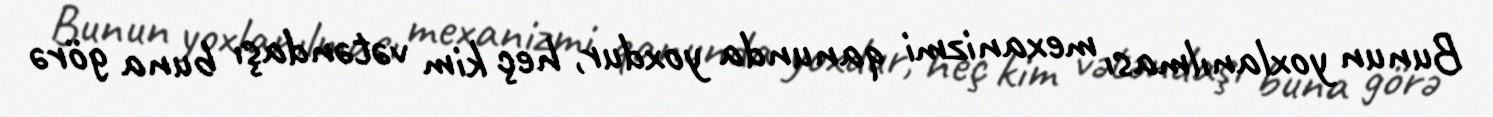
Bunun yoxlanılması mexanizmi qanunda yoxdur, heç kim vətəndaşı buna görə